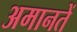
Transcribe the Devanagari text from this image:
अमानतें